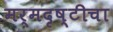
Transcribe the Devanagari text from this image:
मर्मदृष्टीचा